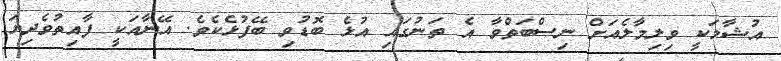
އުޝާމަކީ ވިިލިމާލެއަށް ނިސްބަތްވާ އެ ތަނުގައި އުޅެ ބޮޑުވި ބޭފުޅެކެވެ. އޭނާއަކީ ފާއިތުވެދިޔަ